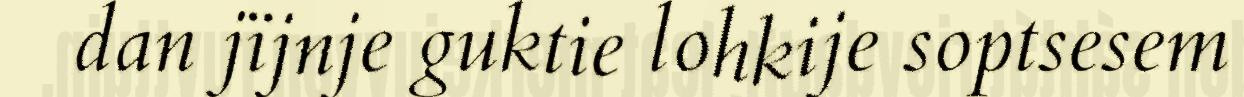
dan jïjnje guktie lohkije soptsesem